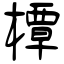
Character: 橝